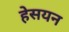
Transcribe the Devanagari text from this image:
हेसयन